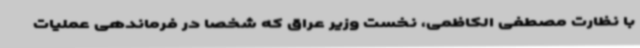
با نظارت مصطفی الکاظمی، نخست وزیر عراق که شخصا در فرماندهی عملیات